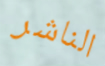
الناشر